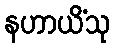
နဟာယိံသု